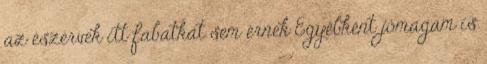
az észérvek itt fabatkát sem érnek Egyébként jómagam is